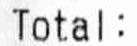
TOTAL: